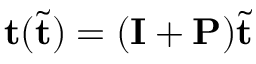
\mathbf { t } ( \tilde { \mathbf { t } } ) = ( \mathbf { I } + \mathbf { P } ) \tilde { \mathbf { t } }